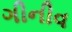
ગીનીવ